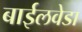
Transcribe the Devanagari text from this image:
बाईलवेडा